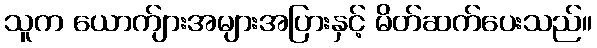
သူက ယောက်ျားအများအပြားနှင့် မိတ်ဆက်ပေးသည်။